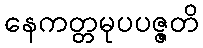
နေကတ္တမုပပဇ္ဇတိ